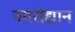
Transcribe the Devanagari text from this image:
नगरोद्यान